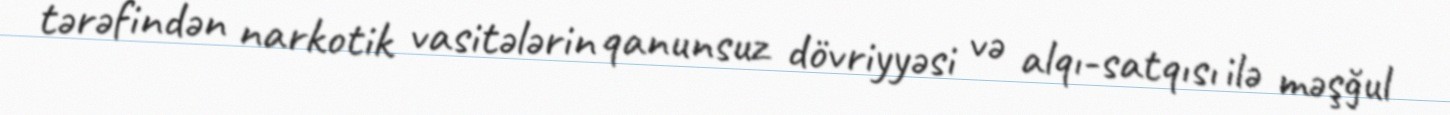
tərəfindən narkotik vasitələrin qanunsuz dövriyyəsi və alqı-satqısı ilə məşğul